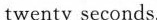
twenty seconds.